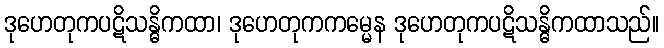
ဒုဟေတုကပဋိသန္ဓိကထာ၊ ဒုဟေတုကကမ္မေန ဒုဟေတုကပဋိသန္ဓိကထာသည်။